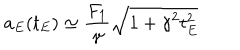
a _ { E } ( t _ { E } ) \simeq \frac { F _ { 1 } } { \gamma } \sqrt { 1 + \gamma ^ { 2 } t _ { E } ^ { 2 } }